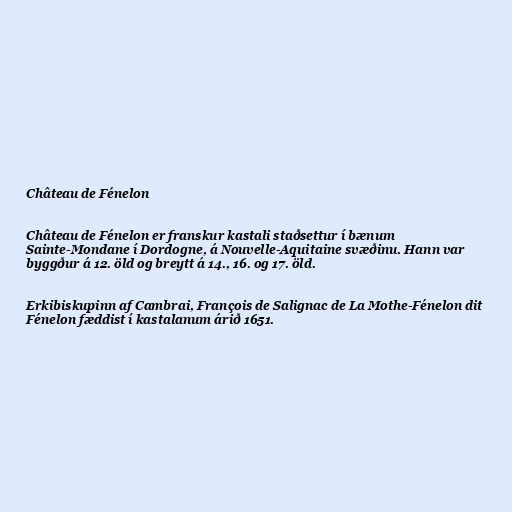
Château de Fénelon

Château de Fénelon er franskur kastali staðsettur í bænum
Sainte-Mondane í Dordogne, á Nouvelle-Aquitaine svæðinu. Hann var
byggður á 12. öld og breytt á 14., 16. og 17. öld.

Erkibiskupinn af Cambrai, François de Salignac de La Mothe-Fénelon dit
Fénelon fæddist í kastalanum árið 1651.